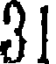
31